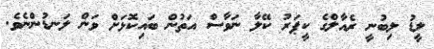
ލީޑު ލިބުނީ ރެއާލްގެ ކީޕަރު ކޭލާ ނަވާސް އަތުން ބައިކޮޅަށް ވަން ލަނޑުންނެވެ.